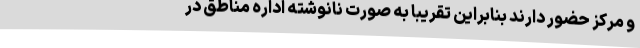
و مرکز حضور دارند بنابراین تقریبا به صورت نانوشته اداره مناطق در